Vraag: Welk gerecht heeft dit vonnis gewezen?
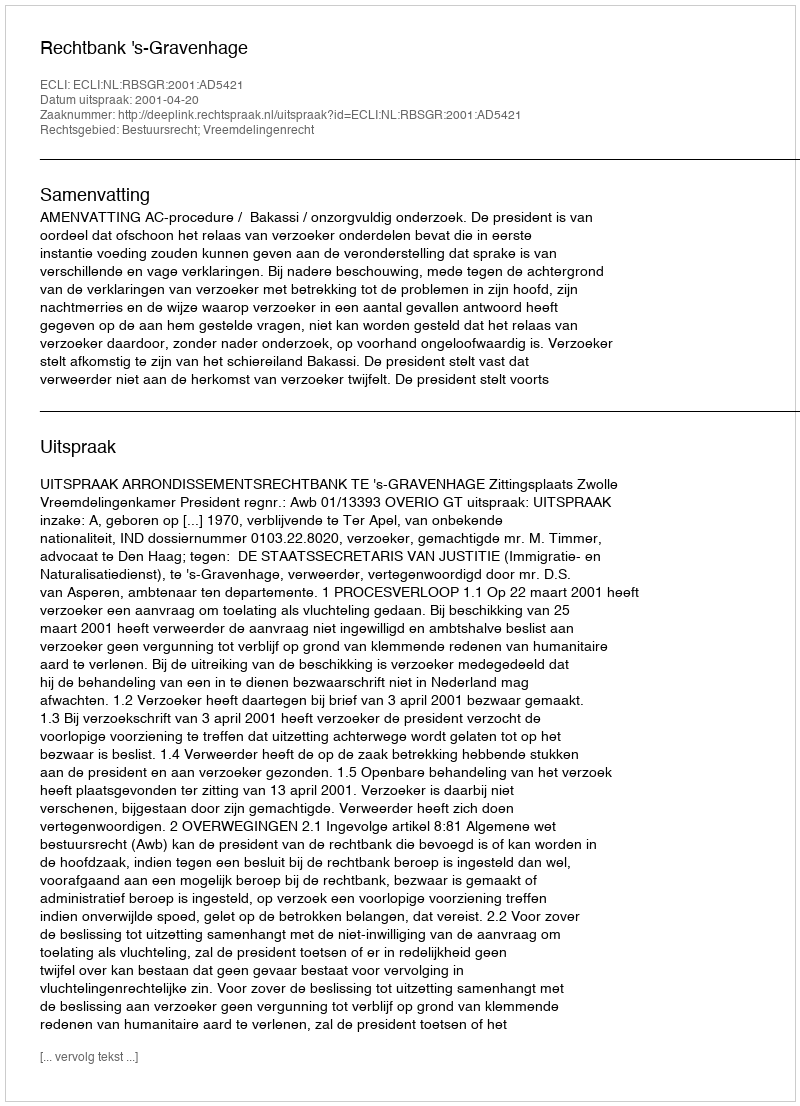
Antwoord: Rechtbank 's-Gravenhage